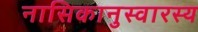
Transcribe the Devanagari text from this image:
नासिकानुस्वारस्य